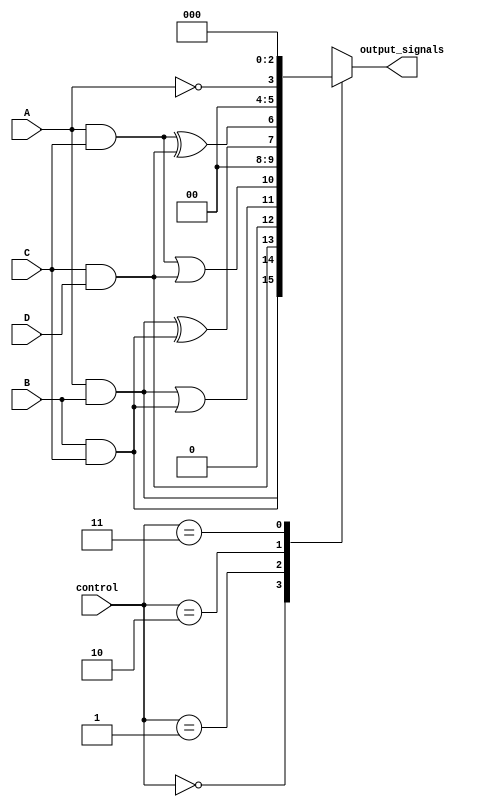
module adjacency_groups (
    input wire A,      // Input signal A
    input wire B,      // Input signal B
    input wire C,      // Input signal C
    input wire D,      // Input signal D
    input wire [1:0] control, // Control signals for operation mode
    output reg [3:0] output_signals // Output signals
);

// Internal signals for adjacency detection
wire adj_AB, adj_AC, adj_BC, adj_CD;

// Adjacency detection logic
assign adj_AB = A & B; // A and B are adjacent
assign adj_AC = A & C; // A and C are adjacent
assign adj_BC = B & C; // B and C are adjacent
assign adj_CD = C & D; // C and D are adjacent

// Combinational logic based on control signals
always @(*) begin
    case (control)
        2'b00: begin
            // AND operation on adjacent pairs
            output_signals = {adj_AB, adj_BC, adj_CD, 1'b0}; // Last bit unused
        end
        2'b01: begin
            // OR operation on adjacent pairs
            output_signals = {adj_AB | adj_BC, adj_AC | adj_CD, 1'b0, 1'b0}; // Last two bits unused
        end
        2'b10: begin
            // XOR operation on adjacent pairs
            output_signals = {adj_AB ^ adj_BC, adj_AC ^ adj_CD, 1'b0, 1'b0}; // Last two bits unused
        end
        2'b11: begin
            // NOT operation on the first input A
            output_signals = {~A, 1'b0, 1'b0, 1'b0}; // Last three bits unused
        end
        default: begin
            output_signals = 4'b0000; // Default case
        end
    endcase
end

endmodule